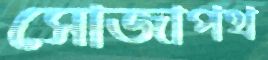
সোজাপথ